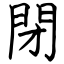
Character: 閉